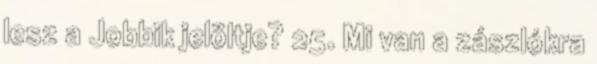
lesz a Jobbik jelöltje? 25. Mi van a zászlókra